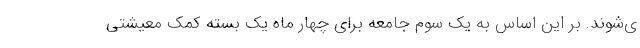
ی‌شوند. بر این اساس به یک سوم جامعه برای چهار ماه یک بسته کمک معیشتی